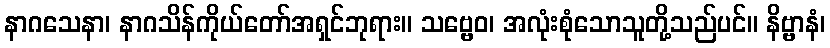
နာဂသေနာ၊ နာဂသိန်ကိုယ်တော်အရှင်ဘုရား။ သဗ္ဗေဝ၊ အလုံးစုံသောသူတို့သည်ပင်။ နိဗ္ဗာနံ၊